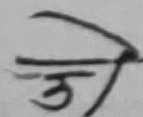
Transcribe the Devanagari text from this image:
ओ